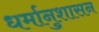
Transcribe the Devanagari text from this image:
धर्मानुशासन